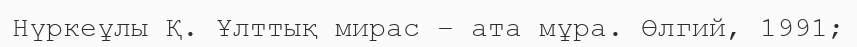
Нүркеұлы Қ. Ұлттық мирас – ата мұра. Өлгий, 1991;